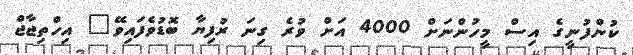
ކުންފުނީގެ އިސް މީހުންނަށް 4000 އަށް ވުރެ ގިނަ ރުފިޔާ ބޮޑުވެފައިވޭ" އިހްތިޖާޖް